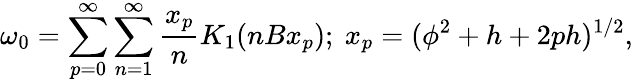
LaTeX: \omega_{0}=\sum_{p=0}^{\infty}\sum_{n=1}^{\infty}\frac{x_{p}}{n}K_{1}(nBx_{p});~x_{p}=(\phi^{2}+h+2ph)^{1/2},